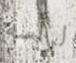
لرأسه